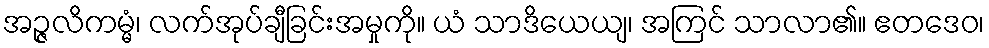
အဉ္ဇလိကမ္မံ၊ လက်အုပ်ချီခြင်းအမှုကို။ ယံ သာဒိယေယျ၊ အကြင် သာလာ၏။ ဧတဒေဝ၊